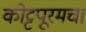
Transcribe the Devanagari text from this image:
कोट्टपूरमचा